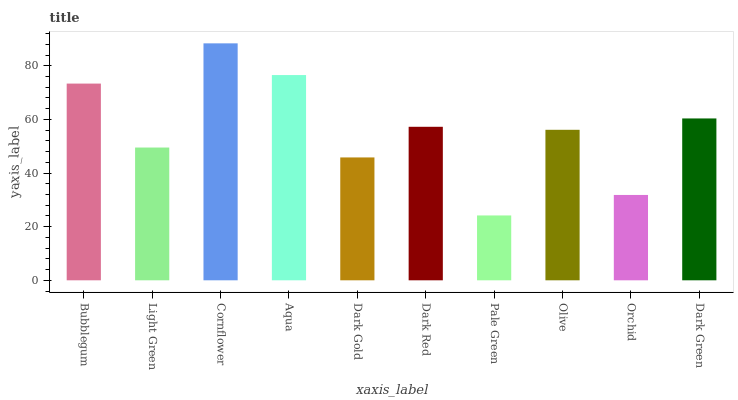
| xaxis_label | bars |
 | --- | --- |
 | Bubblegum | 73.3 |
 | Light Green | 49.5 |
 | Cornflower | 88.3 |
 | Aqua | 76.5 |
 | Dark Gold | 45.8 |
 | Dark Red | 57.2 |
 | Pale Green | 24.2 |
 | Olive | 56.1 |
 | Orchid | 31.8 |
 | Dark Green | 60.3 |